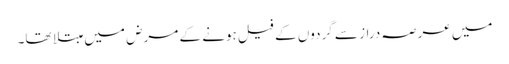
میں عرصہ دراز سے گردوں کے فیل ہونے کے مرض میں مبتلا تھا۔